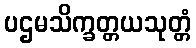
ပဌမသိက္ခတ္တယသုတ္တံ